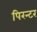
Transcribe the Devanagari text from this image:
पिरन्टर